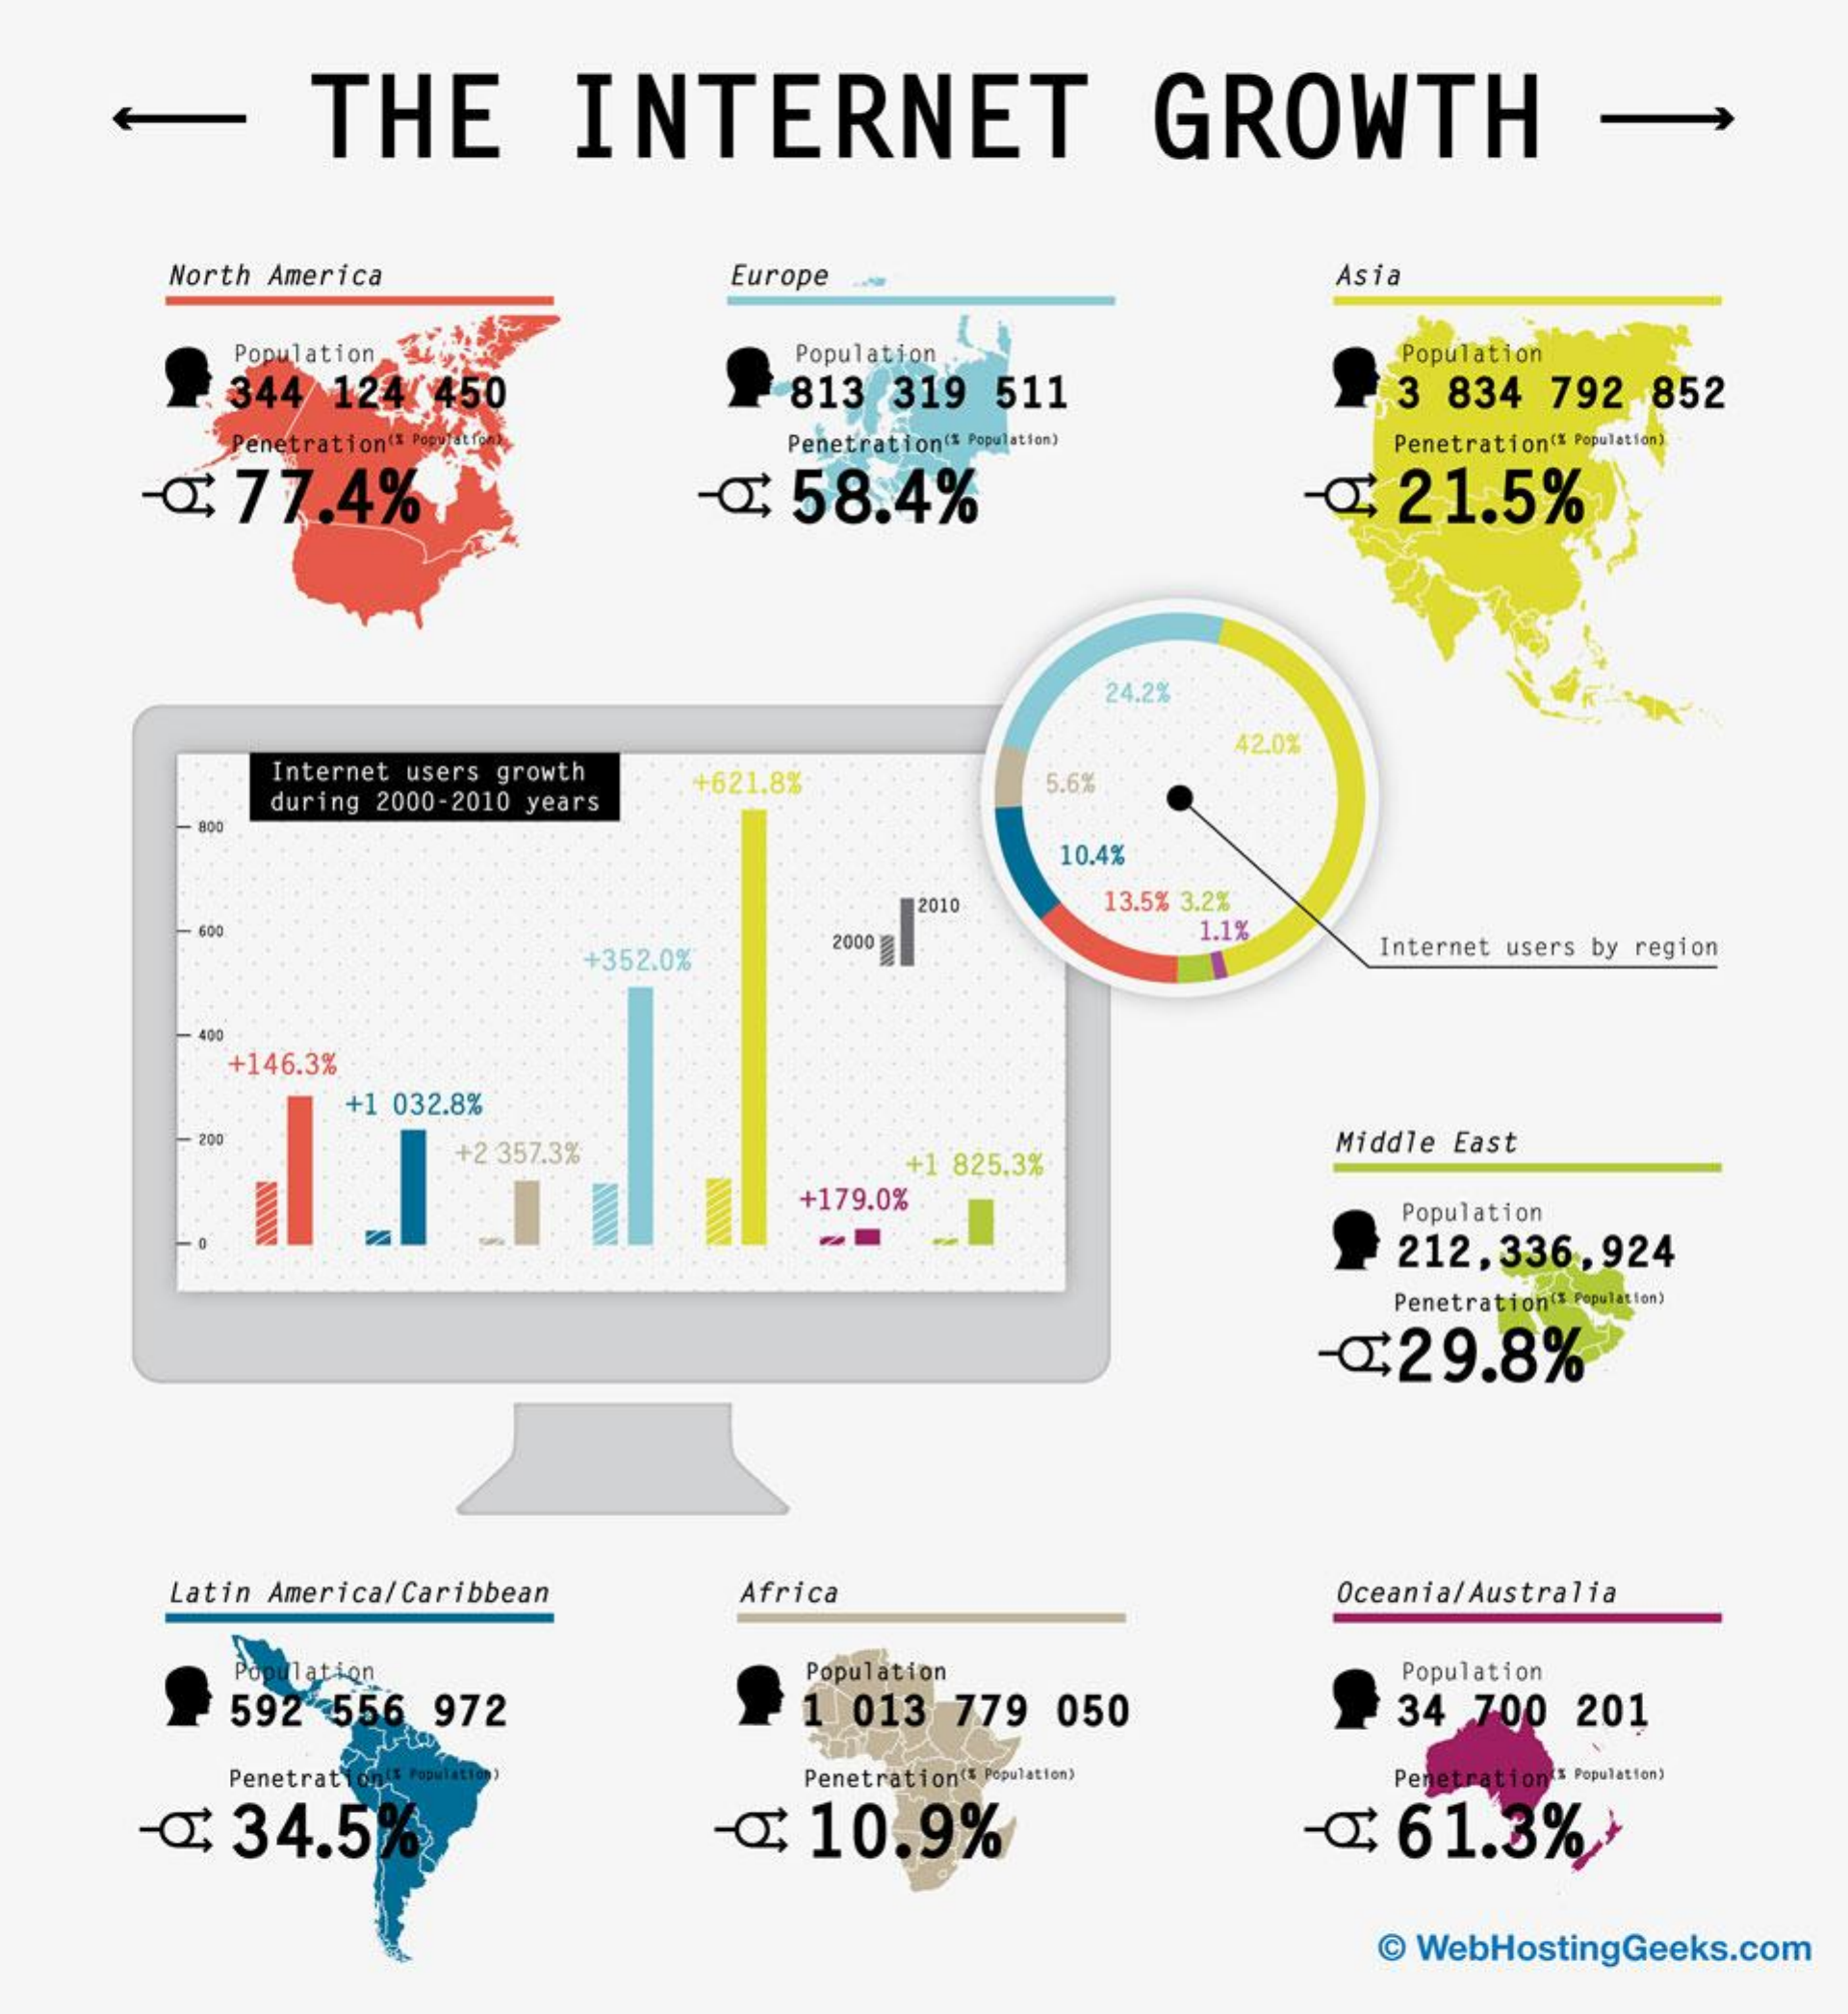
-    THE    INTERNET    GROWTH    -
     North America    Europe    Asia
     Population
     344 124  450
     Population
     813  319  511
     Population
     3 834 792  852
     Penetration( Popy    Penetration( Population)   Penetration(% Population)
     ₾   77.4%    ₾ : 58.4%    @   21.5%
     24.2%
     42.0%
     Internet users growth
     during 2000-2010 years
     +621.8%    5.6%
     10.4%
     13.5% 3.2%
     +352.0%
     2000 1º    1.1%
     Internet users by region
     400
     +146.3%
     +1 032.8%
     - 200
     +2 357.3%    +1 825,3%
     Middle East
     +179.0%    Population
     212,336,924
     Penetration( Population)
     ₾  29.8%
     Latin America/Caribbean   Africa    Oceania/ Australia
     Population    Population    Population
     592 556  972    1 013  779 050    34 700  201
     Penetrat Populatie    Penetration(5 Population)  Penetration 5 Population)
     ₾ : 34.5%    ₾ : 10.9%    ₾  61.3%}
     @ WebHostingGeeks.com